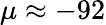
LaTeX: \mu\approx-92